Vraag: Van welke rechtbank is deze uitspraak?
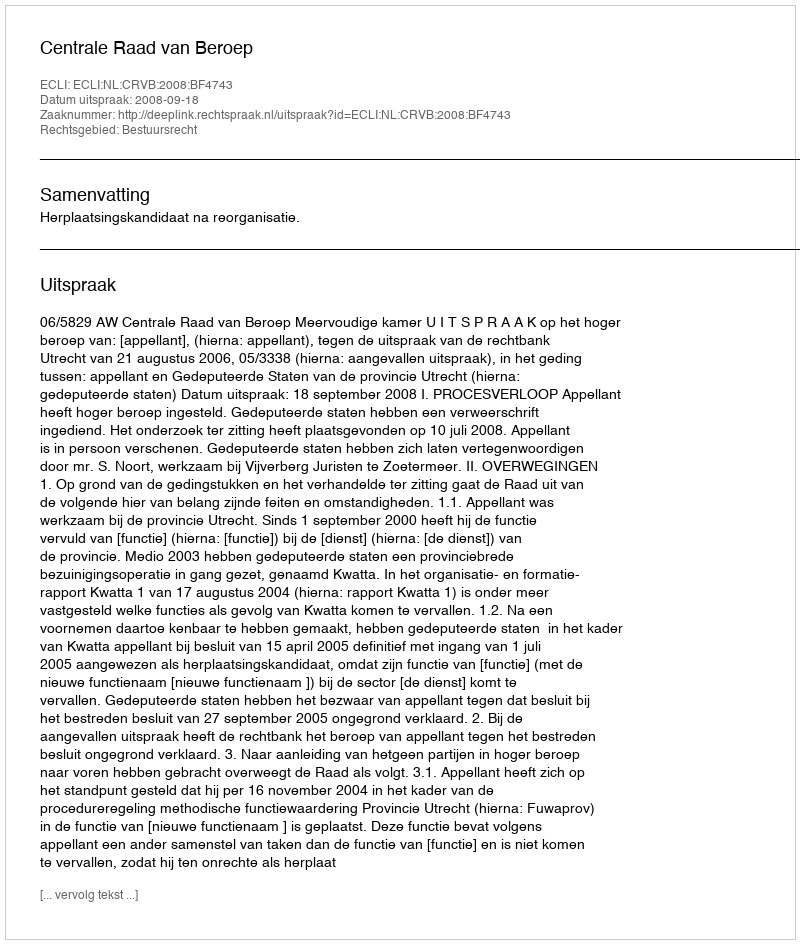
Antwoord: Centrale Raad van Beroep